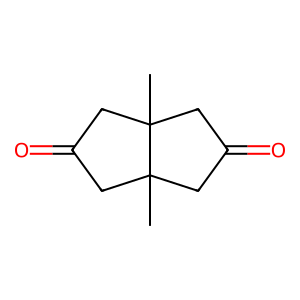
SMILES: CC12CC(=O)CC1(C)CC(=O)C2
Inhibits HIV replication: No